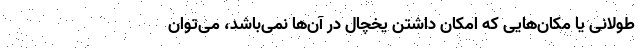
طولانی یا مکان‌هایی که امکان داشتن یخچال در آن‌ها نمی‌باشد، می‌توان